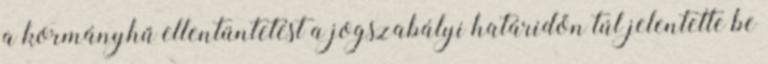
a kormányhű ellentüntetést a jogszabályi határidőn túl jelentette be